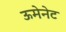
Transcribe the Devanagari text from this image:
ऊमेनेट